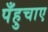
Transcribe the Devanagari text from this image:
पँहुचाए